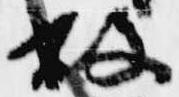
故